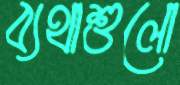
ব্যথাশুলো